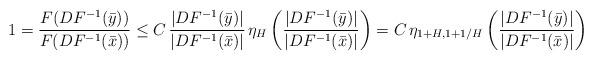
LaTeX: \begin{align*}1= \frac{F(DF^{-1}(\bar y))}{F(DF^{-1}(\bar x))}\le C\, \frac{|DF^{-1}(\bar y)|}{|DF^{-1}(\bar x)|}\, \eta_H\left(\frac{|DF^{-1}(\bar y)|}{|DF^{-1}(\bar x)|}\right)=C\, \eta_{1+H, 1+1/H}\left(\frac{|DF^{-1}(\bar y)|}{|DF^{-1}(\bar x)|}\right)\end{align*}